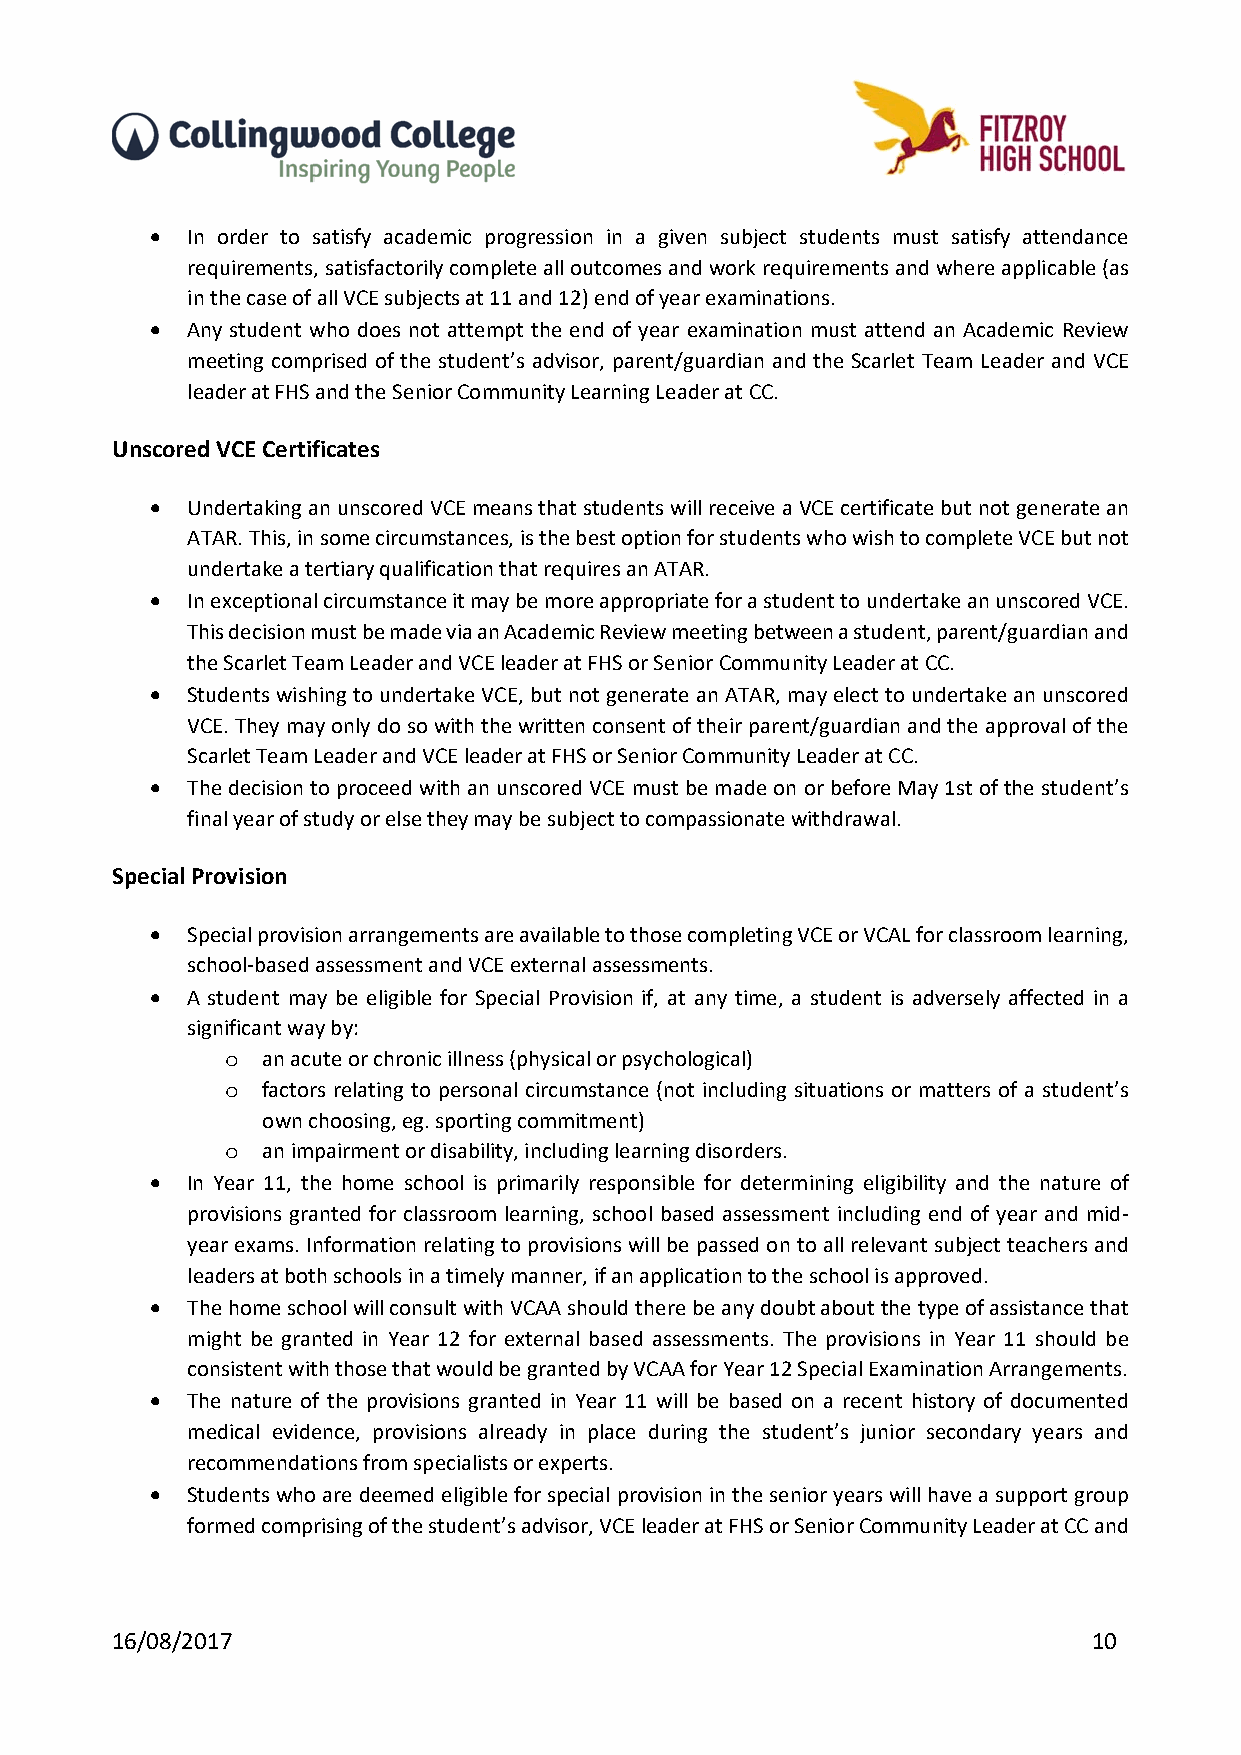
 In order to satisfy academic progression in a given subject students must satisfy attendance
 requirements, satisfactorily complete all outcomes and work requirements and where applicable (as
 in the case of all VCE subjects at 11 and 12) end of year examinations.
  Any student who does not attempt the end of year examination must attend an Academic Review
 meeting comprised of the student’s advisor, parent/guardian and the Scarlet Team Leader and VCE
 leader at FHS and the Senior Community Learning Leader at CC.
 Unscored VCE Certificates
  Undertaking an unscored VCE means that students will receive a VCE certificate but not generate an
 ATAR. This, in some circumstances, is the best option for students who wish to complete VCE but not
 undertake a tertiary qualification that requires an ATAR.
  In exceptional circumstance it may be more appropriate for a student to undertake an unscored VCE.
 This decision must be made via an Academic Review meeting between a student, parent/guardian and
 the Scarlet Team Leader and VCE leader at FHS or Senior Community Leader at CC.
  Students wishing to undertake VCE, but not generate an ATAR, may elect to undertake an unscored
 VCE. They may only do so with the written consent of their parent/guardian and the approval of the
 Scarlet Team Leader and VCE leader at FHS or Senior Community Leader at CC.
  The decision to proceed with an unscored VCE must be made on or before May 1st of the student’s
 final year of study or else they may be subject to compassionate withdrawal.
 Special Provision
  Special provision arrangements are available to those completing VCE or VCAL for classroom learning,
 school‐based assessment and VCE external assessments.
  A student may be eligible for Special Provision if, at any time, a student is adversely affected in a
 significant way by:
 o an acute or chronic illness (physical or psychological)
 o factors relating to personal circumstance (not including situations or matters of a student’s
 own choosing, eg. sporting commitment)
 o an impairment or disability, including learning disorders.
  In Year 11, the home school is primarily responsible for determining eligibility and the nature of
 provisions granted for classroom learning, school based assessment including end of year and mid‐
 year exams. Information relating to provisions will be passed on to all relevant subject teachers and
 leaders at both schools in a timely manner, if an application to the school is approved.
  The home school will consult with VCAA should there be any doubt about the type of assistance that
 might be granted in Year 12 for external based assessments. The provisions in Year 11 should be
 consistent with those that would be granted by VCAA for Year 12 Special Examination Arrangements.
  The nature of the provisions granted in Year 11 will be based on a recent history of documented
 medical evidence, provisions already in place during the student’s junior secondary years and
 recommendations from specialists or experts.
  Students who are deemed eligible for special provision in the senior years will have a support group
 formed comprising of the student’s advisor, VCE leader at FHS or Senior Community Leader at CC and
 16/08/2017                                                       10